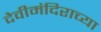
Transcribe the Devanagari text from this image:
देवीमंदिराच्या